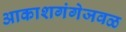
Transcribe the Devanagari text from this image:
आकाशगंगेजवळ